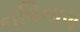
નવિનાળ